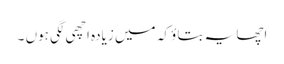
اچھا یہ بتاؤ کہ میں زیادہ اچھی لگی ہوں ۔